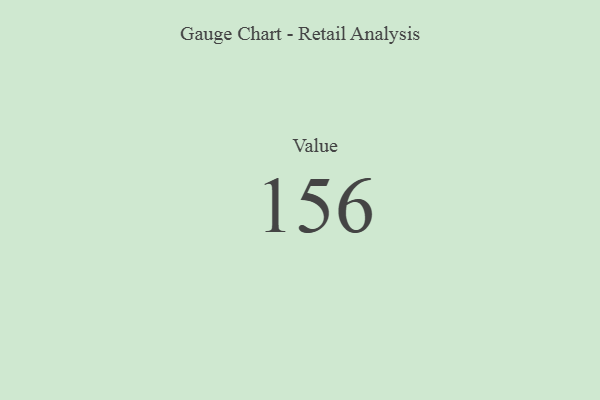
{"axis": {"x": "Metric", "y": "Value"}, "legend": [""], "data": [{"x": "Value", "y": 156, "type": ""}]}